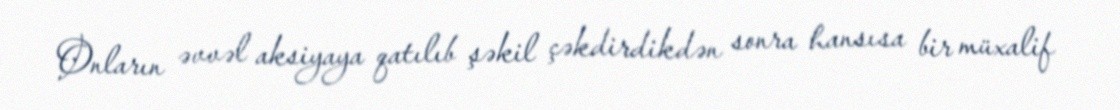
Onların əvvəl aksiyaya qatılıb şəkil çəkdirdikdən sonra hansısa bir müxalif